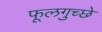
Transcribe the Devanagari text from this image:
फूलगुच्छे